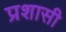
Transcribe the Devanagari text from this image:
प्रशासी